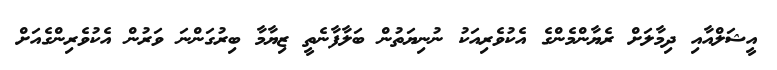
އީޝަލްއާއި ދިމާލަށް ރެޔާންމެންގެ އެކުވެރިއަކު ނުނިޔަތުން ބަލާފާނެތީ ޒިޔާމާ ބިރުގަންނަ ވަރުން އެކުވެރިންގެއަށް